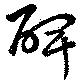
碑